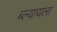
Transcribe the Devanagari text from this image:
ब्ल्यायला